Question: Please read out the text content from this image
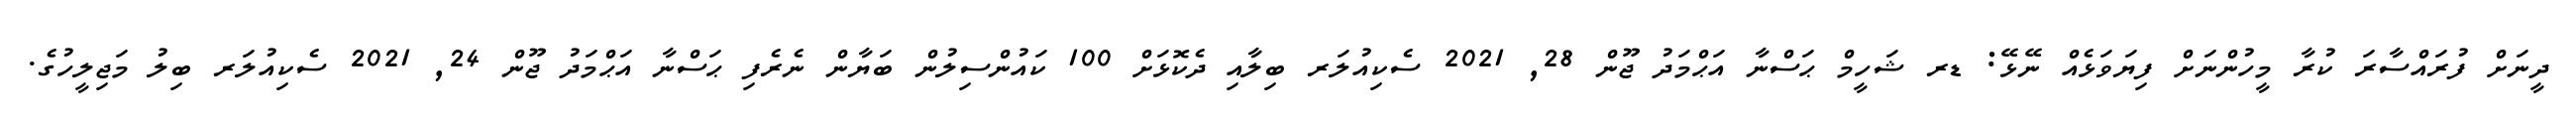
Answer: ދީނަށް ފުރައްސާރަ ކުރާ މީހުންނަށް ފިޔަވަޅެއް ނޭޅޭ: ޑރ ޝަހީމް ޙަސްނާ އަޙްމަދު ޖޫން 28, 2021 ސެކިއުލަރ ބިލާއި ދެކޮޅަށް 100 ކައުންސިލުން ބަޔާން ނެރެފި ޙަސްނާ އަޙްމަދު ޖޫން 24, 2021 ސެކިއުލަރ ބިލު މަޖިލީހުގެ.